Scientific memoirs by medical officers of the Army of India - Part II,
Year: 1886
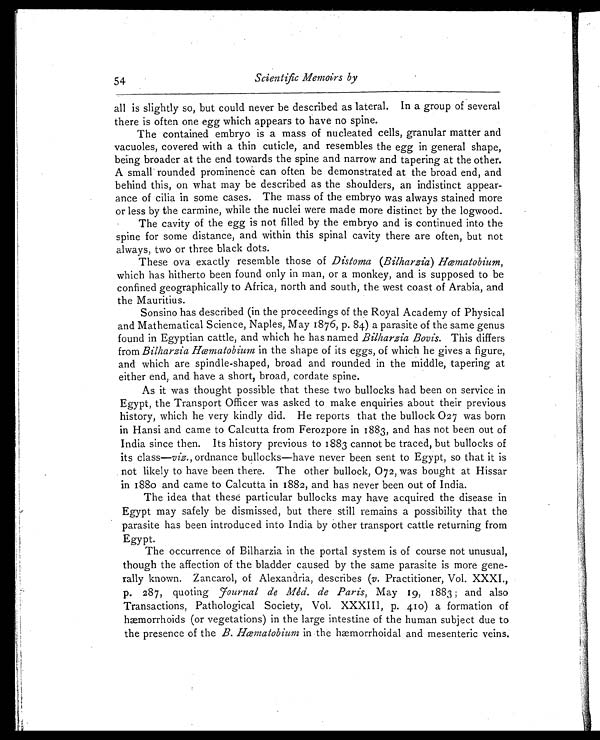
ty.
54
Scientific Memoirs by
all is slightly so, but could never be described as lateral. In a group of several
there is often one egg which appears to have no spine.
The contained embryo is a mass of nucleated cells, granular matter and
vacuoles, covered with a thin cuticle, and resembles the egg in general shape,
being broader at the end towards the spine and narrow and tapering at the other.
A small rounded prominence can often be demonstrated at the broad end, and
behind this, on what may be described as the shoulders, an indistinct appear-
ance of cilia in some cases. The mass of the embryo was always stained more
or less by the carmine, while the nuclei were made more distinct by the logwood.
The cavity of the egg is not filled by the embryo and is continued into the
spine for some distance, and within this spinal cavity there are often, but not
always, two or three black dots.
These ova exactly resemble those of Distoma (Bilharzia) Hæmatobium,
which has hitherto been found only in man, or a monkey, and is supposed to be
confined geographically to Africa, north and south, the west coast of Arabia, and
the Mauritius.
Sonsino has described (in the proceedings of the Royal Academy of Physical
and Mathematical Science, Naples, May 1876, p. 84) a parasite of the same genus
found in Egyptian cattle, and which he has named Bilharzia Bovis. This differs
from Bilharzia Hæmatobium in the shape of its eggs, of which he gives a figure,
and which are spindle-shaped, broad and rounded in the middle, tapering at
either end, and have a short, broad, cordate spine.
As it was thought possible that these two bullocks had been on service in
Egypt, the Transport Officer was asked to make enquiries about their previous
history, which he very kindly did. He reports that the bullock 027 was born
in Hansi and came to Calcutta from Ferozpore in 1883, and has not been out of
India since then. Its history previous to 1883 cannot be traced, but bullocks of
its class—viz., ordnance bullocks—have never been sent to Egypt, so that it is
not likely to have been there. The other bullock, 072, was bought at Hissar
in 1880 and came to Calcutta in 1882, and has never been out of India.
The idea that these particular bullocks may have acquired the disease in
Egypt may safely be dismissed, but there still remains a possibility that the
parasite has been introduced into India by other transport cattle returning from
Egypt.
The occurrence of Bilharzia in the portal system is of course not unusual,
though the affection of the bladder caused by the same parasite is more gene-
rally known. Zancarol, of Alexandria, describes ( v. Practitioner, Vol. XXXI.,
p . 287, quoting Journal de Méd. de Paris, May 19, 1883; and also
Transactions, Pathological Society, Vol. XXXIII, p. 410) a formation of
hæmorrhoids (or vegetations) in the large intestine of the human subject due to
the presence of the B. Hæmatobium in the hæmorrhoidal and mesenteric veins.